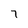
Character: 7